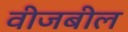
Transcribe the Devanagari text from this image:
वीजबील